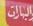
البارات